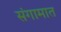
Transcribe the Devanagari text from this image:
संगामात